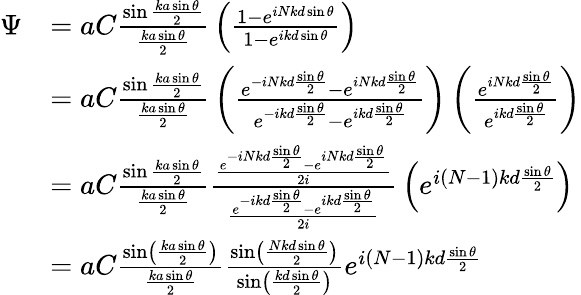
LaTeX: {\begin{array}{rl}{\Psi}&{=aC{\frac{\sin{\frac{ka\sin\theta}{2}}}{\frac{ka\sin\theta}{2}}}\left({\frac{1-e^{iNkd\sin\theta}}{1-e^{ikd\sin\theta}}}\right)}\\ &{=aC{\frac{\sin{\frac{ka\sin\theta}{2}}}{\frac{ka\sin\theta}{2}}}\left({\frac{e^{-iNkd{\frac{\sin\theta}{2}}}-e^{iNkd{\frac{\sin\theta}{2}}}}{e^{-ikd{\frac{\sin\theta}{2}}}-e^{ikd{\frac{\sin\theta}{2}}}}}\right)\left({\frac{e^{iNkd{\frac{\sin\theta}{2}}}}{e^{ikd{\frac{\sin\theta}{2}}}}}\right)}\\ &{=aC{\frac{\sin{\frac{ka\sin\theta}{2}}}{\frac{ka\sin\theta}{2}}}{\frac{\frac{e^{-iNkd{\frac{\sin\theta}{2}}}-e^{iNkd{\frac{\sin\theta}{2}}}}{2i}}{\frac{e^{-ikd{\frac{\sin\theta}{2}}}-e^{ikd{\frac{\sin\theta}{2}}}}{2i}}}\left(e^{i(N-1)kd{\frac{\sin\theta}{2}}}\right)}\\ &{=aC{\frac{\sin\left({\frac{ka\sin\theta}{2}}\right)}{\frac{ka\sin\theta}{2}}}{\frac{\sin\left({\frac{Nkd\sin\theta}{2}}\right)}{\sin\left({\frac{kd\sin\theta}{2}}\right)}}e^{i\left(N-1\right)kd{\frac{\sin\theta}{2}}}}\end{array}}